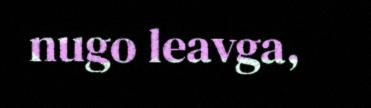
nugo leavga,